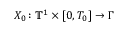
X _ { 0 } \colon \ensuremath { \mathbb { T } } ^ { 1 } \times [ 0 , T _ { 0 } ] \rightarrow \Gamma